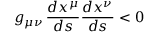
g _ { \mu \nu } \, { \frac { d x ^ { \mu } } { d s } } { \frac { d x ^ { \nu } } { d s } } < 0